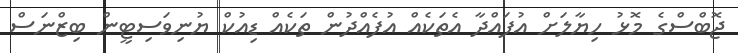
ޖޮބްސްގެ މޮޅު ހިޔާލަށް އުފައްދާ އެތަކެއް އުފެއްދުން ތަކެއް ޑިއުކް ޔުނިވަސިޓީން ބިޒްނަސް